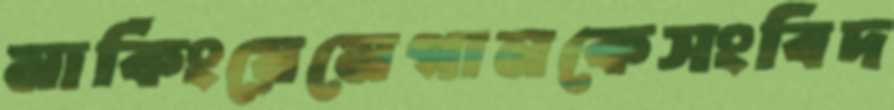
মার্কিংয়েমেগানকেসংবিদ